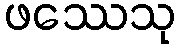
ဖဿေသု